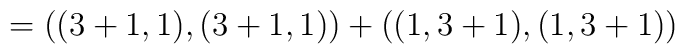
= ((3+1,1), (3+1,1)) + ((1,3+1),(1,3+1))